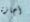
أجازة